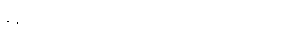
နန်းခင်က လှည်းကို ပြန်လှည့်ရန် ကြိုးစားသည်။